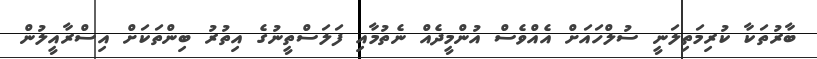
ބާރުތަކާ ކުރިމަތިލަނީ ސުލްހައަށް އެއްވެސް އުންމީދެއް ނެތުމާއި ފަލަސްތީނުގެ އިތުރު ބިންތަކަށް އިސްރާއީލުން